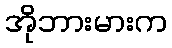
အိုဘားမားက